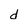
Character: d